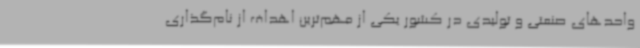
واحدهای صنعتی و تولیدی در کشور یکی از مهم‌ترین اهداف از نام‌گذاری